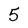
Character: 5